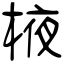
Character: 棭